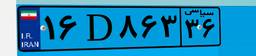
۹۱D۲۳۷۱۷